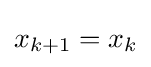
x_{k+1}=x_{k}